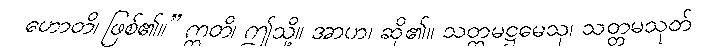
ဟောတိ၊ ဖြစ်၏။” ဣတိ၊ ဤသို့။ အာဟ၊ ဆို၏။ သတ္တမဋ္ဌမေသု၊ သတ္တမသုတ်